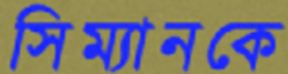
সিম্যানকে